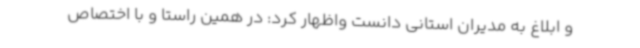
و ابلاغ به مدیران استانی دانست واظهار کرد: در همین راستا و با اختصاص